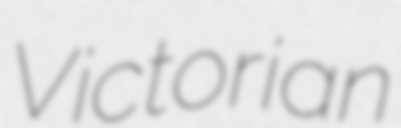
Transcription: Victorian